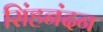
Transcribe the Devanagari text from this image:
सिंहनंदन